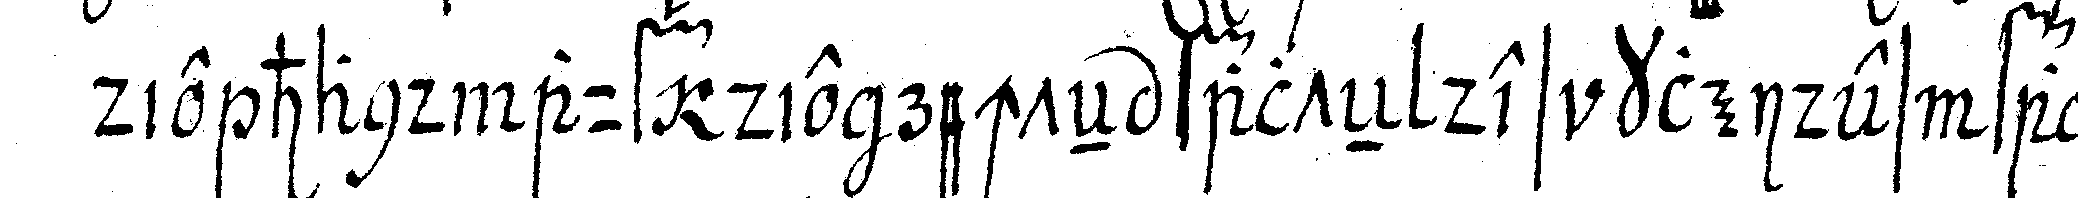
die hand auf die rechteN falteN des kleides falleN